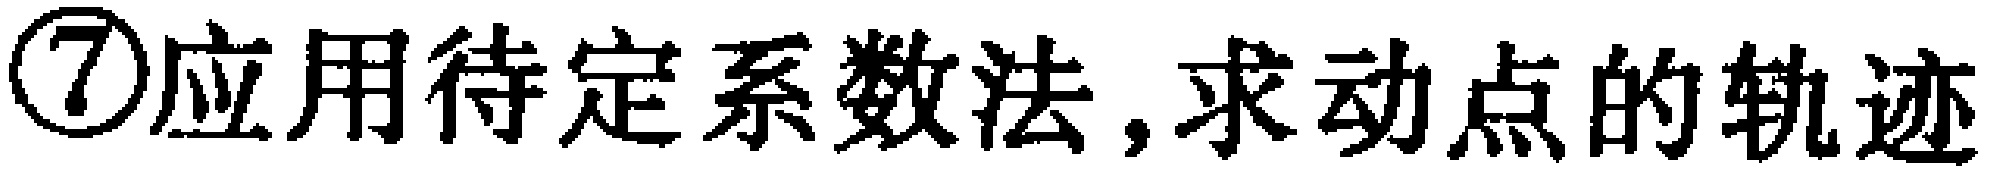
\textcircled{7}应用待定系数法,求动点的轨迹